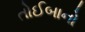
તોઈબાનો